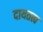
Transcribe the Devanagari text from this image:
दायतत्व